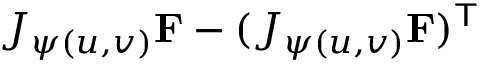
J _ { \psi ( u , v ) } \mathbf { F } - ( J _ { \psi ( u , v ) } \mathbf { F } ) ^ { \mathsf { T } }